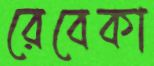
রেবেকা